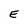
Character: E